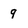
Character: 9